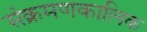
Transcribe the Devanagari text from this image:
संक्रमणकालिक